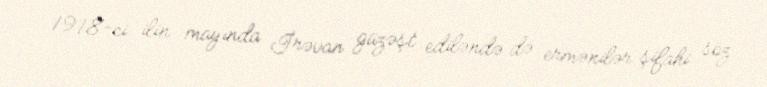
1918-ci ilin mayında İrəvan güzəşt ediləndə də ermənilər şifahi söz